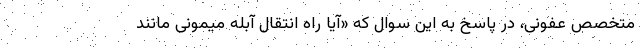
متخصص عفونی، در پاسخ به این سوال که «آیا راه انتقال آبله میمونی مانند